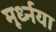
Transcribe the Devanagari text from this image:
मूर्ध्नया